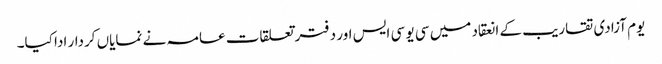
یوم آزادی تقاریب کے انعقاد میں سی یو سی ایس اور دفتر تعلقات عامہ نے نمایاں کردار ادا کیا۔